Annual report of the Imperial Bacteriological Laboratory, Muktesar
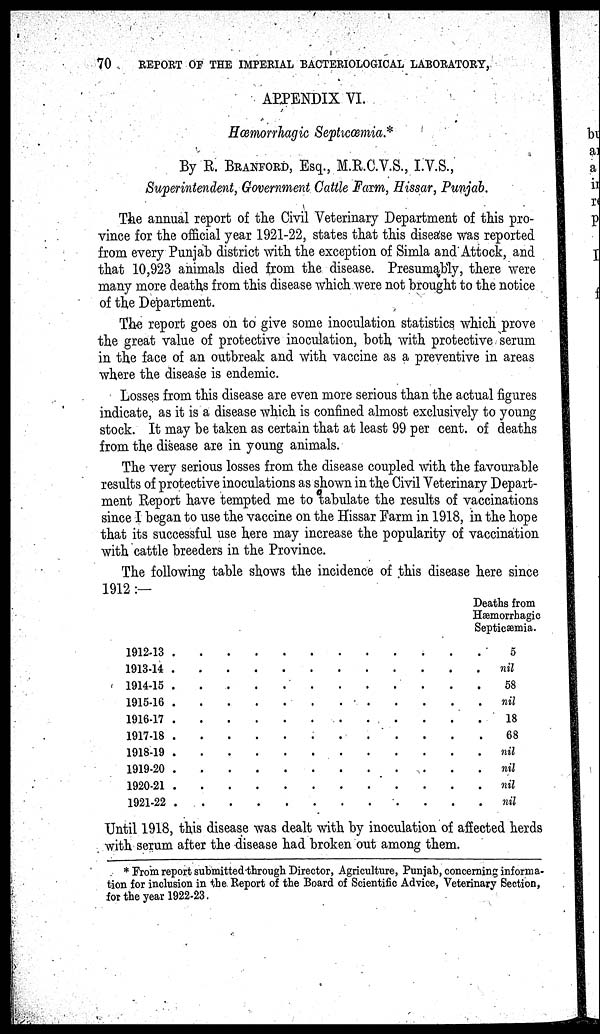
70
REPORT OF THE IMPERIAL BACTERIOLOGICAL LABORATORY,
APPENDIX VI.
Hæmorrhagic Septicæmia.*
By R. BRANFORD, Esq., M.R.C.V.S., I.V.S.,
Superintendent, Government Cattle Farm, Hissar, Punjab.
The annual report of the Civil Veterinary Department of this pro-
vince for the official year 1921-22, states that this disease was reported
from every Punjab district with the exception of Simla and Attock, and
that 10,923 animals died from the disease. Presumably, there were
many more deaths from this disease which were not brought to the notice
of the Department.
The report goes on to give some inoculation statistics which prove
the great value of protective inoculation, both with protective serum
in the face of an outbreak and with vaccine as a preventive in areas
where the disease is endemic.
Losses from this disease are even more serious than the actual figures
indicate, as it is a disease which is confined almost exclusively to young
stock. It may be taken as certain that at least 99 per cent. of deaths
from the disease are in young animals.
The very serious losses from the disease coupled with the favourable
results of protective inoculations as shown in the Civil Veterinary Depart-
ment Report have tempted me to tabulate the results of vaccinations
since I began to use the vaccine on the Hissar Farm in 1918, in the hope
that its successful use here may increase the popularity of vaccination
with cattle breeders in the Province.
The following table shows the incidence of this disease here since
1912 :—
Deaths from
Hæmorrhagic
Septicæmia.
1912-13
1913-14
1914-15
1915-16
1916-17
1917-18
1918-19
1919-20
1920-21
1921-22
.
.
.
.
.
.
.
.
.
.
.
.
.
.
.
.
.
.
.
.
.
.
.
.
.
.
.
.
.
.
.
.
.
.
.
.
.
.
.
.
.
.
.
.
.
.
.
.
.
.
.
.
.
.
.
.
.
.
.
.
.
.
.
.
.
.
.
.
.
.
.
.
.
.
.
.
.
.
.
.
.
.
.
.
.
.
.
.
.
.
.
.
.
.
.
.
.
.
.
.
.
.
.
.
.
.
.
.
.
.
.
.
.
.
.
.
.
.
.
.
5
nil
58
nil
18
68
nil
nil
nil
nil
Until 1918, this disease was dealt with by inoculation of affected herds
with serum after the disease had broken out among them.
* From report submitted through Director, Agriculture, Punjab, concerning informa-
tion for inclusion in the Report of the Board of Scientific Advice, Veterinary Section,
for the year 1922-23.